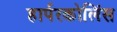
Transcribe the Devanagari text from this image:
हार्परकोलिंस